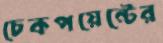
চেকপয়েন্টের